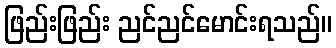
ဖြည်းဖြည်း ညင်ညင်မောင်းရသည်။